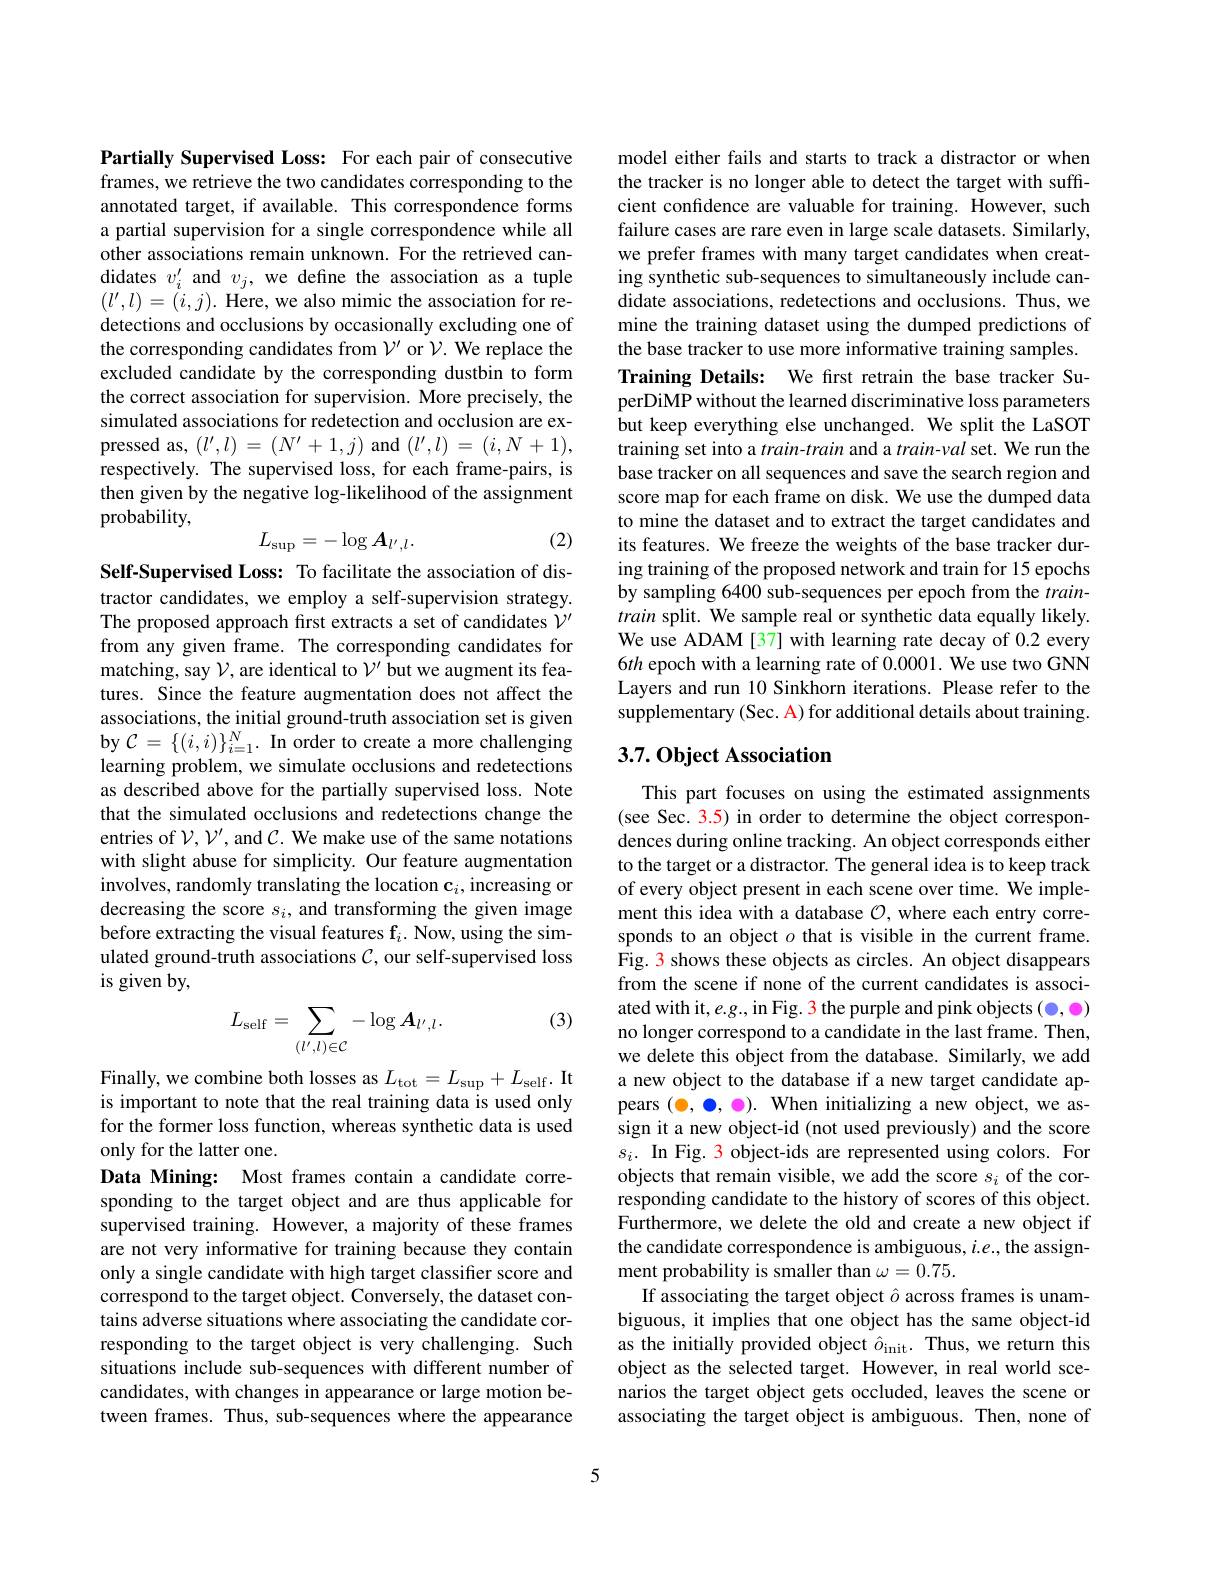
Partially Supervised Loss: For each pair of consecutive frames, we retrieve the two candidates corresponding to the annotated target, if available. This correspondence forms a partial supervision for a single correspondence while all other associations remain unknown. For the retrieved candidates $v_i^{\prime}$ and $v_j$, we define the association as a tuple $(l',l)=(i,j).$ Here, we also mimic the association for redetections and occlusions by occasionally excluding one of the corresponding candidates from $\mathcal{V}^\prime$ or $\mathcal{V}.$ We replace the excluded candidate by the corresponding dustbin to form the correct association for supervision. More precisely, the simulated associations for redetection and occlusion are expressed as, $(l^\prime,l)=(N^\prime+1,j)$ and $(l^\prime,l)=(i,N+1)$, respectively. The supervised loss, for each frame-pairs, is then given by the negative log-likelihood of the assignment probability,
$$L_{\sup}=-\log A_{l^{\prime},l}.$$
(2)

Self-Supervised Loss: To facilitate the association of distractor candidates, we employ a self-supervision strategy. The proposed approach first extracts a set of candidates $\mathcal{V}^\prime$ from any given frame. The corresponding candidates for matching, say $\mathcal{V}$, are identical to $\mathcal{V}^\prime$ but we augment its features. Since the feature augmentation does not affect the associations, the initial ground-truth association set is given by $\mathcal{C}=\{(i,i)\}_{i=1}^{N}.$ In order to create a more challenging learning problem, we simulate occlusions and redetections as described above for the partially supervised loss. Note that the simulated occlusions and redetections change the entries of $\mathcal{V},\mathcal{V}^{\prime}$,and $\mathcal{C}.$ We make use of the same notations with slight abuse for simplicity. Our feature augmentation involves, randomly translating the location $\mathbf{c}_i$,increasing or decreasing the score $s_i$, and transforming the given image before extracting the visual features $\mathbf{f}_i.$ Now, using the simulated ground-truth associations $\mathcal{C}$, our self-supervised loss is given by,
$$L_{\mathrm{self}}=\sum_{(l',l)\in\mathcal{C}}-\log\boldsymbol{A}_{l',l}.$$
(3)

Finally, we combine both losses as $L_\mathrm{tot}=L_\mathrm{sup}+L_\mathrm{self}.$ It is important to note that the real training data is used only for the former loss function, whereas synthetic data is used only for the latter one.
Data Mining: Most frames contain a candidate corresponding to the target object and are thus applicable for supervised training. However, a majority of these frames are not very informative for training because they contain only a single candidate with high target classifier score and correspond to the target object. Conversely, the dataset contains adverse situations where associating the candidate corresponding to the target object is very challenging. Such situations include sub-sequences with different number of candidates, with changes in appearance or large motion between frames. Thus, sub-sequences where the appearance

model either fails and starts to track a distractor or when the tracker is no longer able to detect the target with suffcient confidence are valuable for training. However, such failure cases are rare even in large scale datasets. Similarly, we prefer frames with many target candidates when creating synthetic sub-sequences to simultaneously include candidate associations, redetections and occlusions. Thus, we mine the training dataset using the dumped predictions of the base tracker to use more informative training samples. Training Details: We first retrain the base tracker SuperDiMP without the learned discriminative loss parameters but keep everything else unchanged. We split the LaSOT training set into a $train-train$ and a $train-val$ set. We run the base tracker on all sequences and save the search region and score map for each frame on disk. We use the dumped data to mine the dataset and to extract the target candidates and its features. We freeze the weights of the base tracker during training of the proposed network and train for 15 epochs by sampling 6400 sub-sequences per epoch from the $train-$ train split. We sample real or synthetic data equally likely. We use ADAM[37] with learning rate decay of 0.2 every $6th$ epoch with a learning rate of 0.0001. We use two GNN Layers and run 10 Sinkhorn iterations. Please refer to the supplementary (Sec. A) for additional details about training.

## 3.7. Object Association

This part focuses on using the estimated assignments (see Sec. 3.5) in order to determine the object correspondences during online tracking. An object corresponds either to the target or a distractor. The general idea is to keep track of every object present in each scene over time. We implement this idea with a database $\mathcal{O}$, where each entry corresponds to an object $o$ that is visible in the current frame. Fig. 3 shows these objects as circles. An object disappears from the scene if none of the current candidates is associated with it, e.g., in Fig. 3 the purple and pink objects ( o, o) no longer correspond to a candidate in the last frame. Then, we delete this object from the database. Similarly, we add a new object to the database if a new target candidate appears $(\bullet,\bullet,\bullet).$ When initializing a new object, we assign it a new object-id (not used previously) and the score $s_i.$ In Fig. 3 object-ids are represented using colors. For objects that remain visible, we add the score $s_i$ of the corresponding candidate to the history of scores of this object. Furthermore, we delete the old and create a new object if the candidate correspondence is ambiguous, $i.e.$, the assignment probability is smaller than $\omega=0.75.$
If associating the target object $\hat{o}$ across frames is unambiguous, it implies that one object has the same object-id as the initially provided object $\hat{o}_\mathrm{init}.$ Thus, we return this object as the selected target. However, in real world scenarios the target object gets occluded, leaves the scene or associating the target object is ambiguous. Then, none of

5